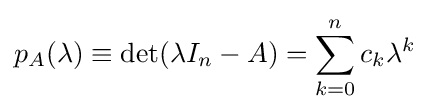
p_{A}(\lambda )\equiv \det(\lambda I_{n}-A)=\sum _{k=0}^{n}c_{k}\lambda ^{k}~